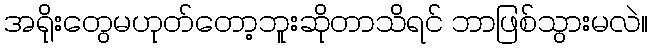
အရိုးတွေမဟုတ်တော့ဘူးဆိုတာသိရင် ဘာဖြစ်သွားမလဲ။